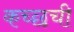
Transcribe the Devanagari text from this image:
कच्छची